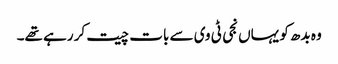
وہ بدھ کو یہاں نجی ٹی وی سے بات چیت کر رہے تھے۔